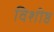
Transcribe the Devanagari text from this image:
विशीष्ठ